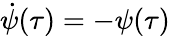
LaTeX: \dot{\psi}(\tau)=-{\psi}(\tau)